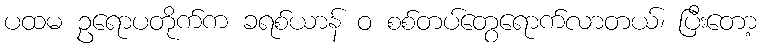
ပထမ ဥရောပတိုက်က ခရစ်ယာန် ဝ စစ်တပ်တွေရောက်လာတယ်၊ ပြီးတော့